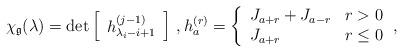
LaTeX: \begin{align*}\chi_{\mathfrak{g}}(\lambda) &= \det\left[\begin{array}{c} h^{(j-1)}_{\lambda_i-i+1}\end{array}\right]\,, h^{(r)}_a = \left\{\begin{array}{ll}J_{a+r} + J_{a-r} & r > 0 \\J_{a+r} & r\leq 0\end{array}\,,\right.\end{align*}